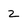
Character: 2